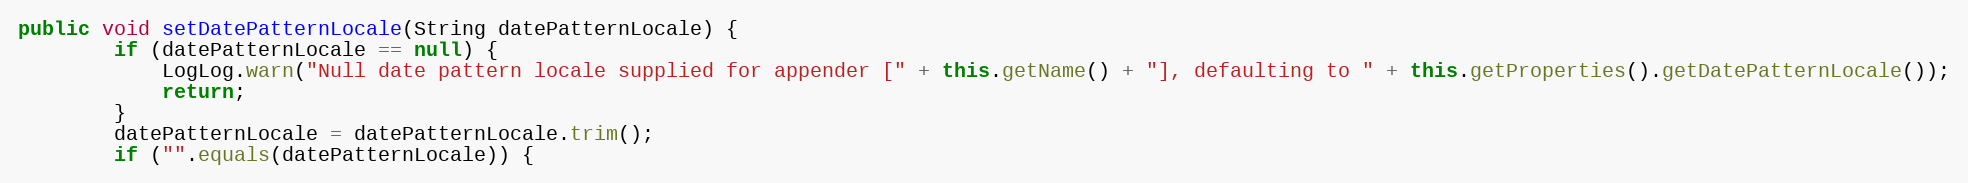
Language: Java
public void setDatePatternLocale(String datePatternLocale) {
		if (datePatternLocale == null) {
			LogLog.warn("Null date pattern locale supplied for appender [" + this.getName() + "], defaulting to " + this.getProperties().getDatePatternLocale());
			return;
		}
		datePatternLocale = datePatternLocale.trim();
		if ("".equals(datePatternLocale)) {